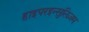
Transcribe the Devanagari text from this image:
हाइपरइन्सुलिज़म